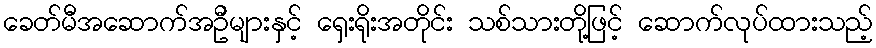
ခေတ်မီအဆောက်အဦများနှင့် ရှေးရိုးအတိုင်း သစ်သားတို့ဖြင့် ဆောက်လုပ်ထားသည့်